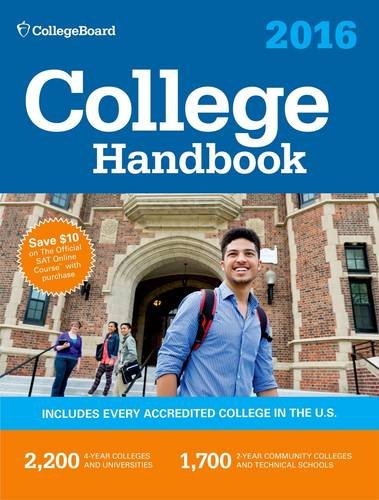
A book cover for College Handbook 2016; The College Board; Education & Teaching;